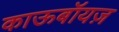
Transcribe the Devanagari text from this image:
काऊबॉयज़